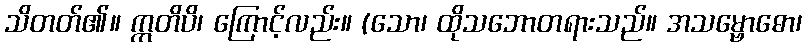
သိတတ်၏။ ဣတိပိ၊ ကြောင့်လည်း။ (သော၊ ထိုသဘောတရားသည်။ အသမ္ဗောဓော၊